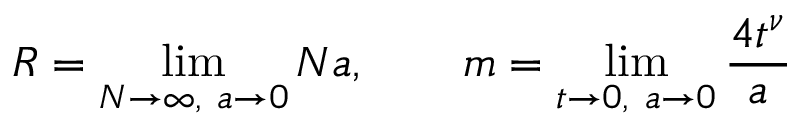
R = \operatorname * { l i m } _ { N \to \infty , \ a \to 0 } N a , \qquad m = \operatorname * { l i m } _ { t \to 0 , \ a \to 0 } \frac { 4 t ^ { \nu } } { a }